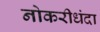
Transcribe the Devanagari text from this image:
नोकरीधंदा